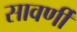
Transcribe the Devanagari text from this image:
सावर्णी